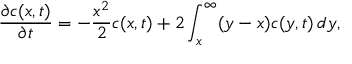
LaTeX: { \frac { \partial c ( x , t ) } { \partial t } } = - { \frac { x ^ { 2 } } { 2 } } c ( x , t ) + 2 \int _ { x } ^ { \infty } ( y - x ) c ( y , t ) \, d y ,